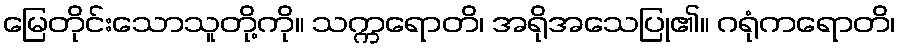
မြေတိုင်းသောသူတို့ကို။ သက္ကရောတိ၊ အရိုအသေပြု၏။ ဂရုံကရောတိ၊